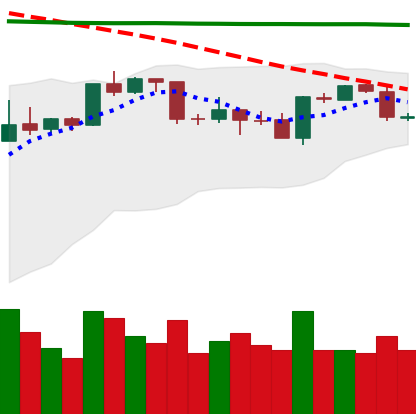
Ticker: BTC-USD
Chart end date: 2020-04-21
Forward return: 11.621%
Label: up_7plus